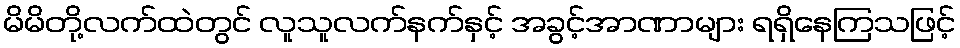
မိမိတို့လက်ထဲတွင် လူသူလက်နက်နှင့် အခွင့်အာဏာများ ရရှိနေကြသဖြင့်